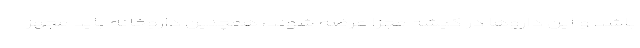
باشد و این دارو‌ها در گیشه مجزا عرضه شوند، همچنین داروخانه باید مجهز